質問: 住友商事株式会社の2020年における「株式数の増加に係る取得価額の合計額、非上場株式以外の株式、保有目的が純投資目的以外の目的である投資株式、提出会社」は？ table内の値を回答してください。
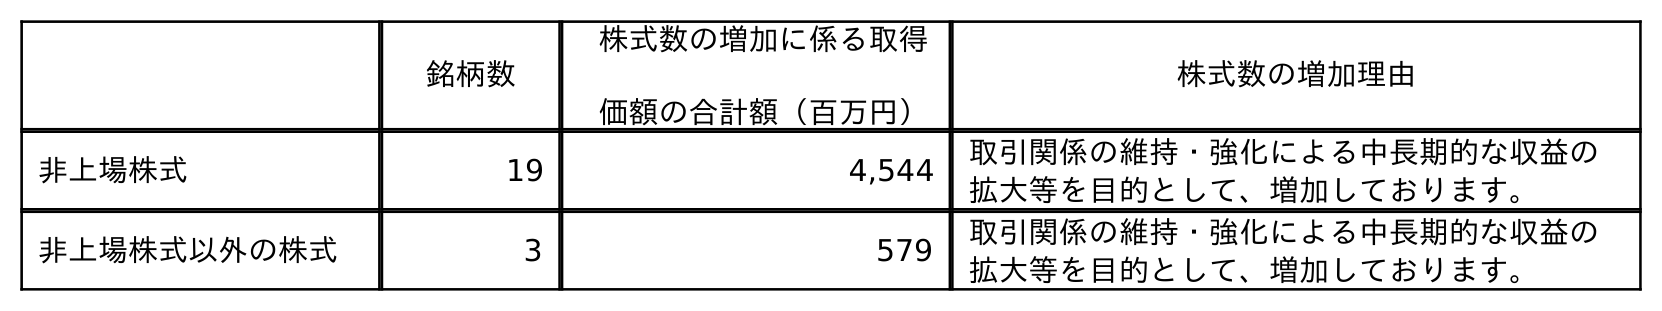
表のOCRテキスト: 銘柄数 株式数の増加に係る取得 価額の合計額（百万円） 株式数の増加理由 非上場株式 19 4,544 取引関係の維持・強化による中長期的な収益の 拡大等を目的として、増加しております。 非上場株式以外の株式 3 579 取引関係の維持・強化による中長期的な収益の 拡大等を目的として、増加しております。
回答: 579